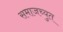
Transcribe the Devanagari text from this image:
समाजच्युत